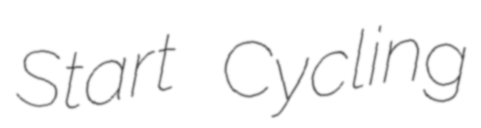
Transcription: Start Cycling